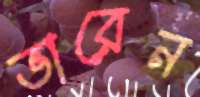
ভারেন